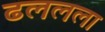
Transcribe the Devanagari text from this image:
ढललला